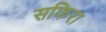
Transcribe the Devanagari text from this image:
सफिरा